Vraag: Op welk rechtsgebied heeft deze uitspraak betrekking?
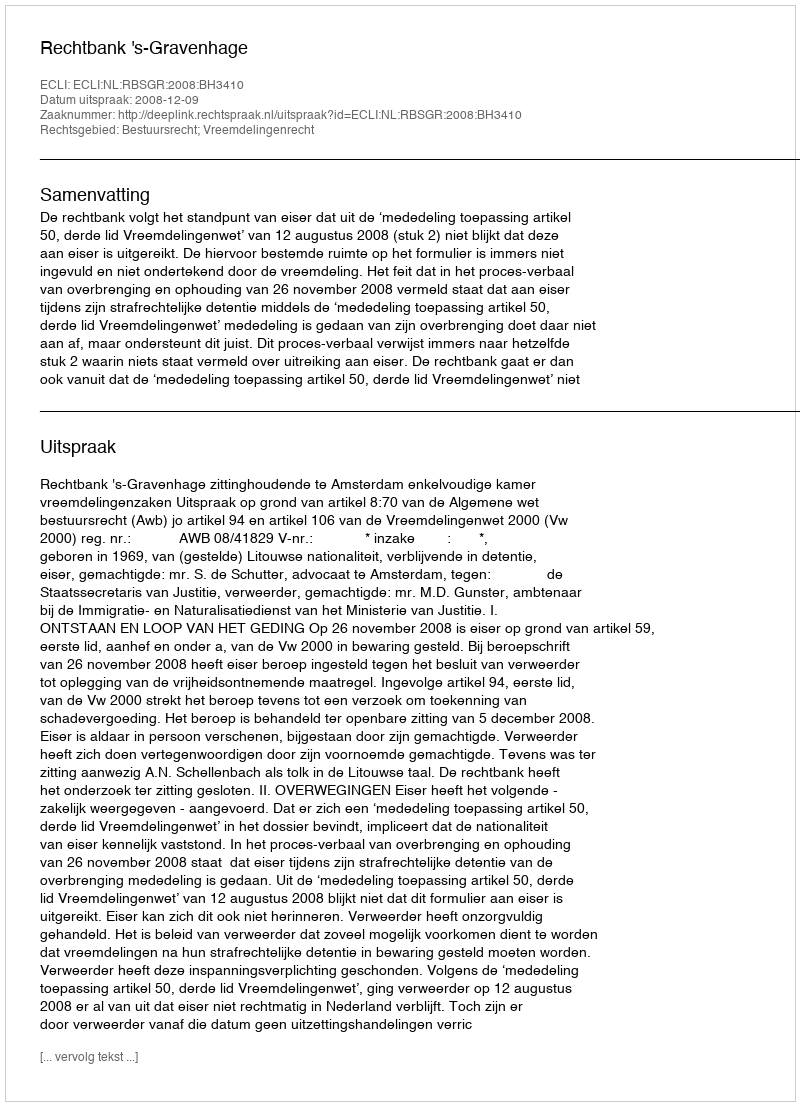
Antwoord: Bestuursrecht; Vreemdelingenrecht